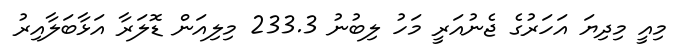
މިއީ މިދިޔަ އަހަރުގެ ޖެނުއަރީ މަހު ލިބުނު 233.3 މިލިއަން ޑޮލަރާ އަޅާބަލާއިރު